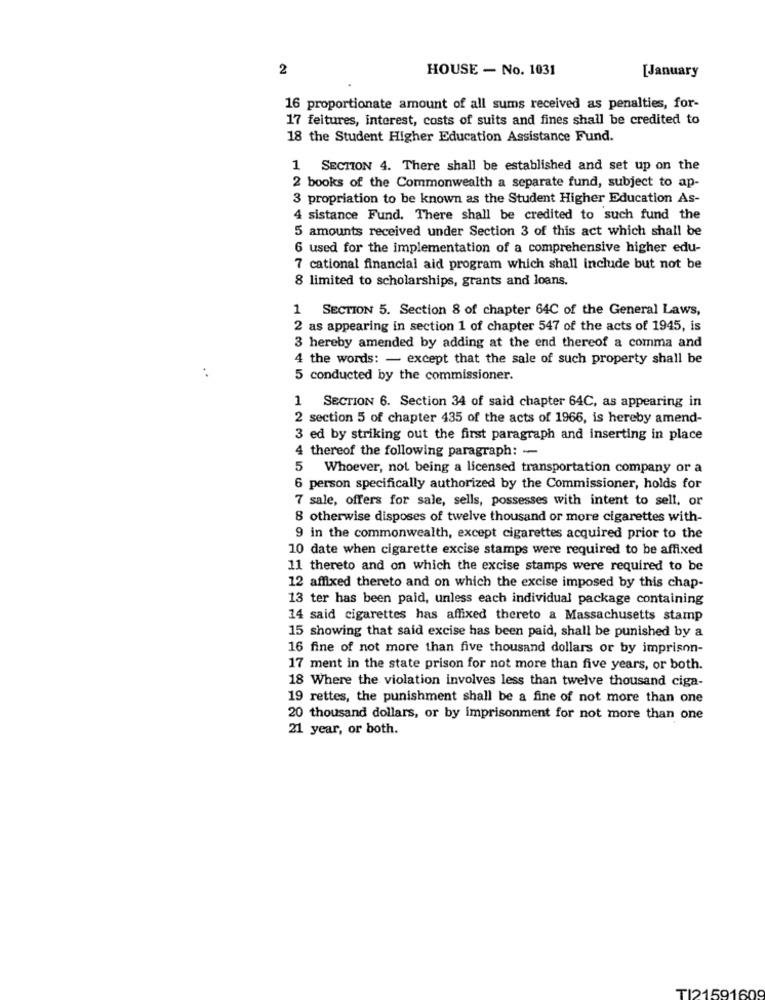
2
HOUSE - No. 1031
[January
16 proportionate amount of all sums received as penalties, for-
17 feltures, interest, costs of suits and fines shall be credited to
18 the Student Higher Education Assistance Fund.
1 SECTION 4. There shall be established and set up on the
2 books of the Commonwealth a separate fund, subject to ap-
3 propriation to be known as the Student Higher Education As-
4 sistance Fund. There shall be credited to such fund the
5 amounts received under Section 3 of this act which shall be
6 used for the implementation of a comprehensive higher edu-
7 cational financial aid program which shall include but not be
8 limited to scholarships, grants and loans.
SECTION 5. Section 8 of chapter 64C of the General Laws,
2 as appearing in section 1 of chapter 547 of the acts of 1945, is
3 hereby amended by adding at the end thereof a comma and
4 the words: - except that the sale of such property shall be
5 conducted by the commissioner.
SECTION 6. Section 34 of said chapter 64C, as appearing in
2 section 5 of chapter 435 of the acts of 1966, is hereby amend-
3 ed by striking out the first paragraph and inserting in place
4 thereof the following paragraph: -
5
Whoever, not being a licensed transportation company or a
6 person specifically authorized by the Commissioner, holds for
7 sale, offers for sale, sells, possesses with intent to sell, or
8 otherwise disposes of twelve thousand or more cigarettes with-
9 in the commonwealth, except cigarettes acquired prior to the
10 date when cigarette excise stamps were required to be affixed
11 thereto and on which the excise stamps were required to be
12 affixed thereto and on which the excise imposed by this chap-
13 ter has been paid, unless each individual package containing
14 said cigarettes has affixed thereto a Massachusetts stamp
15 showing that said excise has been paid, shall be punished by a
16 fine of not more than five thousand dollars or by imprison-
17 ment in the state prison for not more than five years, or both.
18 Where the violation involves less than twelve thousand ciga-
19 rettes, the punishment shall be a fine of not more than one
20 thousand dollars, or by imprisonment for not more than one
21 year, or both.
TI21591609